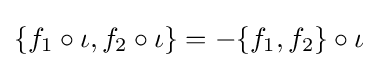
\{f_{1}\circ \iota ,f_{2}\circ \iota \}=-\{f_{1},f_{2}\}\circ \iota